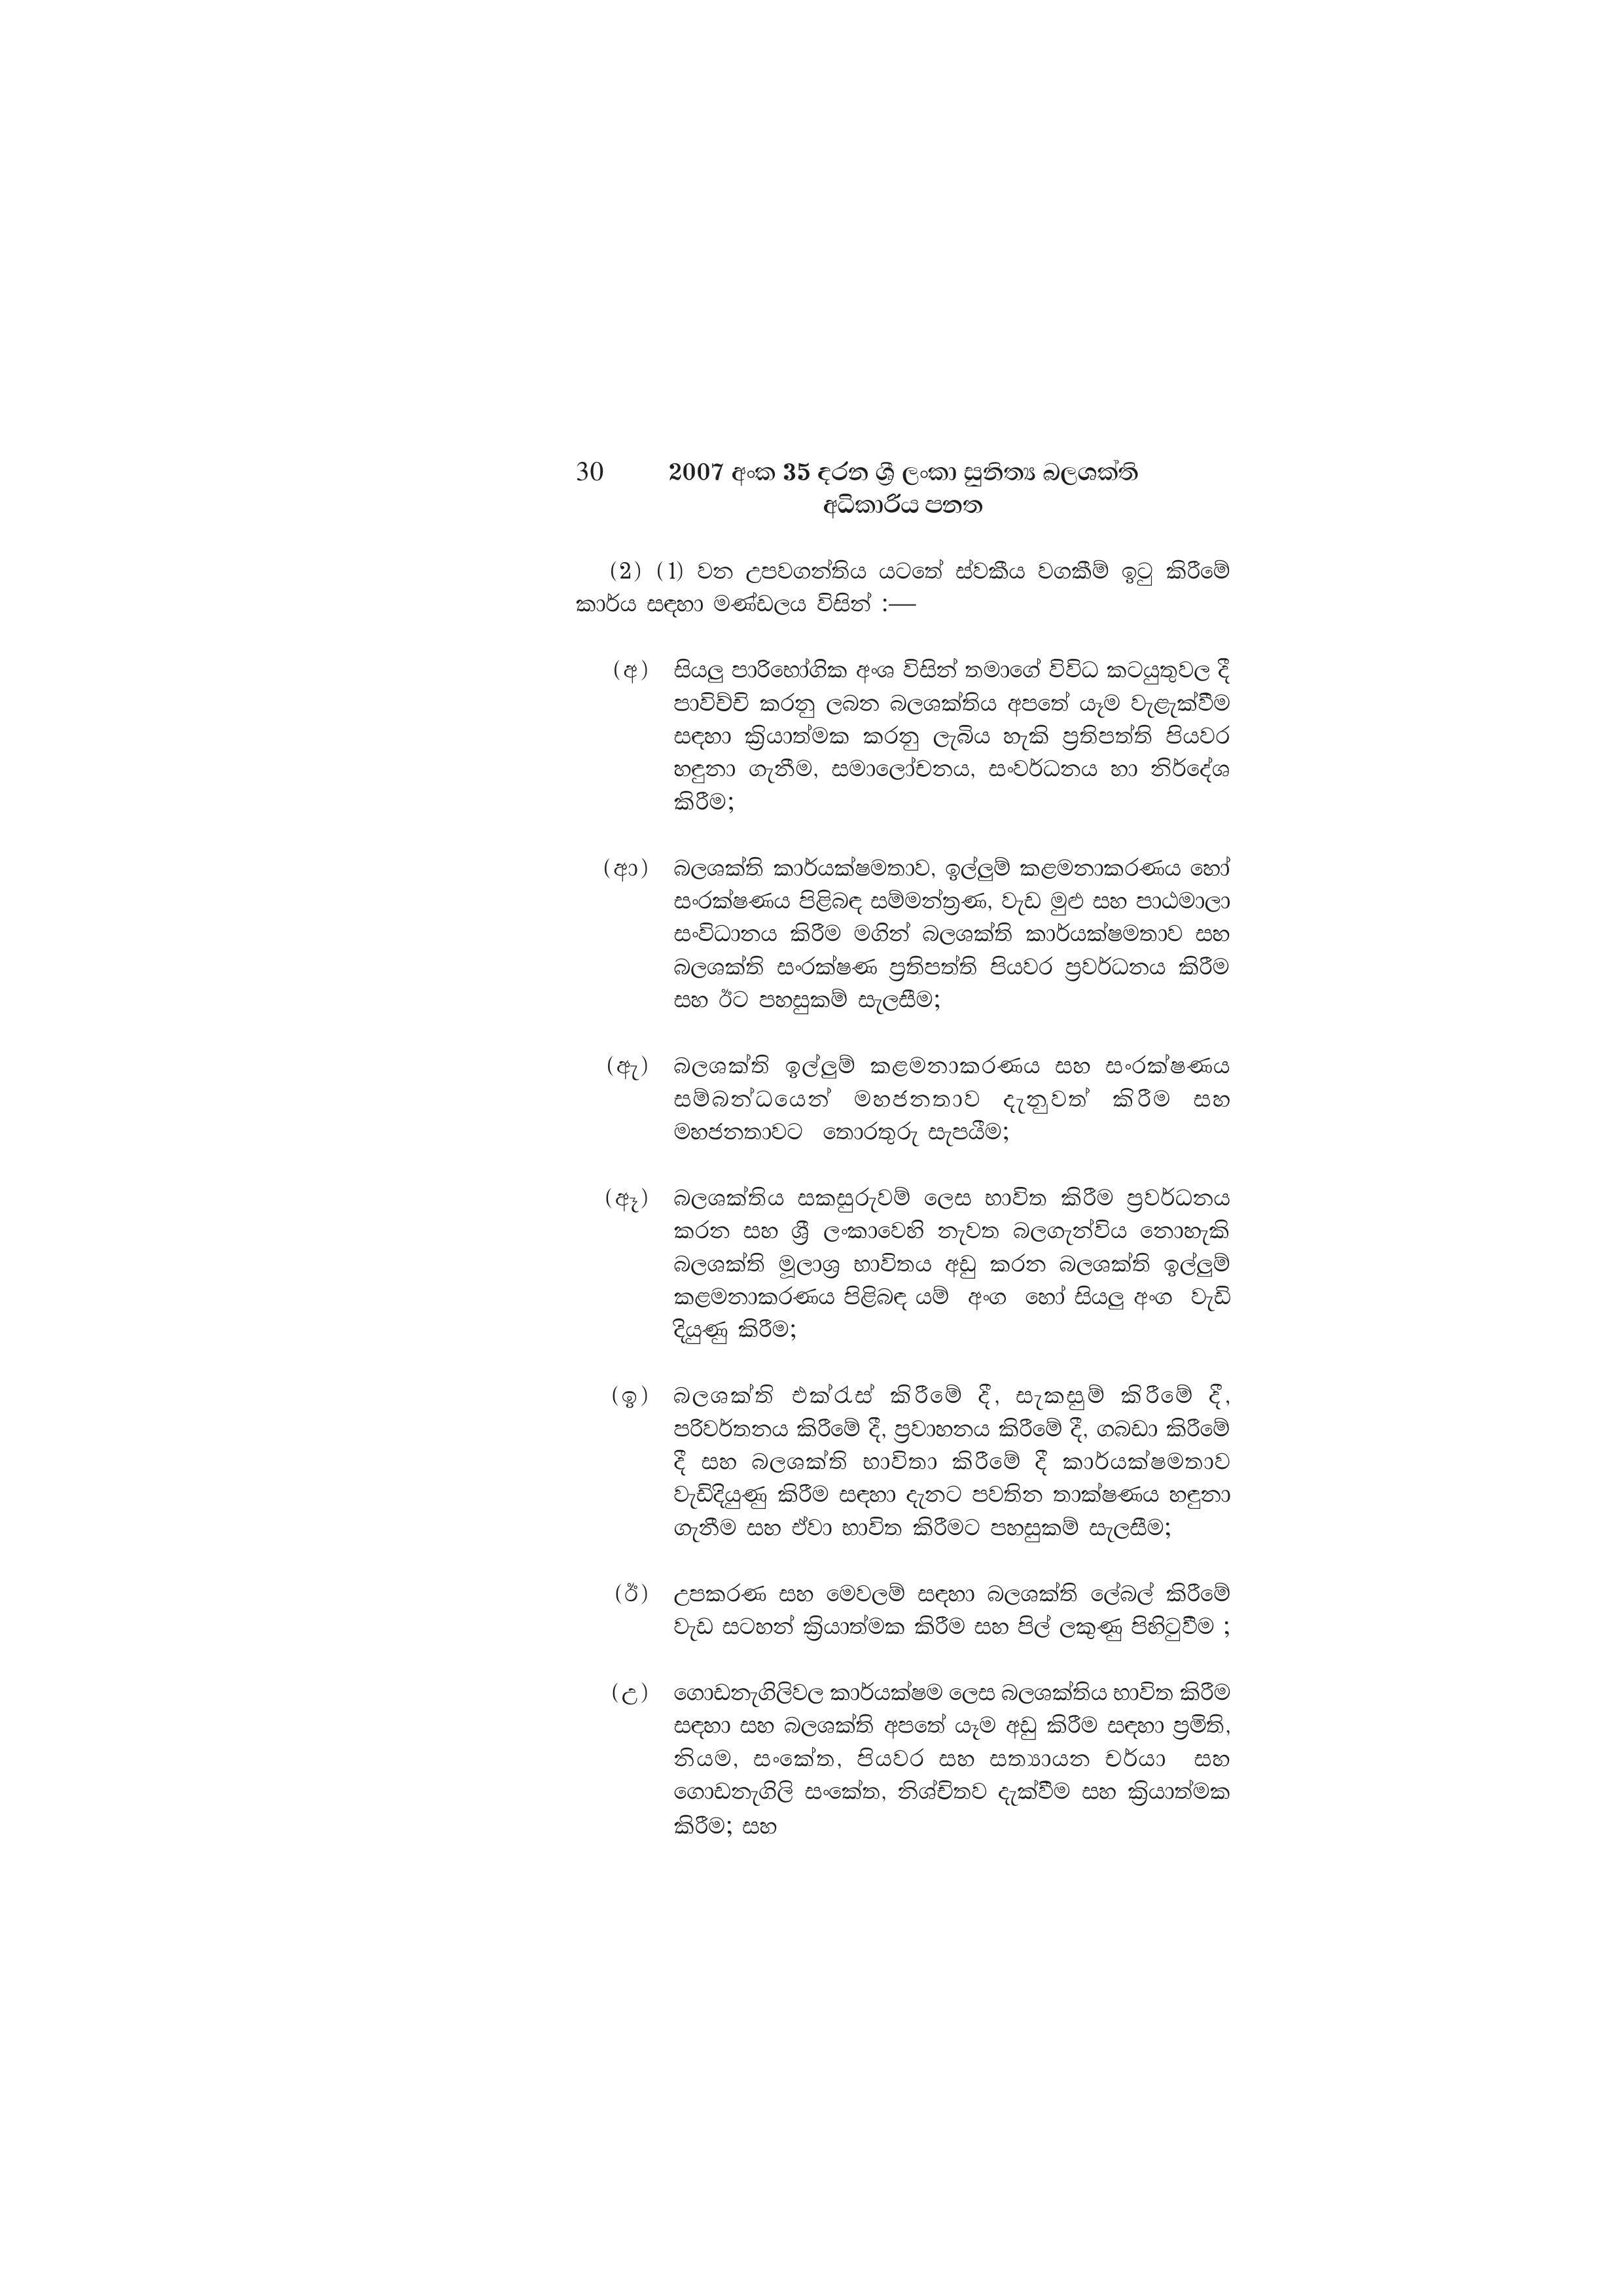
30 2007 අංක 35 දරන ශ්‍රී ලංකා සුනිත්‍ය බලශක්ති
අධිකාරිය පනත

(2) (1) වන උපවගන්තිය යටතේ ස්වකීය වගකීම් ඉටු කිරීමේ
කාර්ය සඳහා මණ්ඩලය විසින් :—

(අ) සියලු පාරිභෝගික අංශ විසින් තමාගේ විවිධ කටයුතුවල දී
පාවිච්චි කරනු ලබන බලශක්තිය අපතේ යෑම වැළැක්වීම
සඳහා ක්‍රියාත්මක කරනු ලැබිය හැකි ප්‍රතිපත්ති පියවර
හඳුනා ගැනීම, සමාලෝචනය, සංවර්ධනය හා නිර්දේශ
කිරීම;

(ආ) බලශක්ති කාර්යක්ෂමතාව, ඉල්ලුම් කළමනාකරණය හෝ
සංරක්ෂණය පිළිබඳ සම්මන්ත්‍රණ, වැඩ මුළු සහ පාඨමාලා
සංවිධානය කිරීම මගින් බලශක්ති කාර්යක්ෂමතාව සහ
බලශක්ති සංරක්ෂණ ප්‍රතිපත්ති පියවර ප්‍රවර්ධනය කිරීම
සහ ඊට පහසුකම් සැලසීම;

(ඇ) බලශක්ති ඉල්ලුම් කළමනාකරණය සහ සංරක්ෂණය
සම්බන්ධයෙන් මහජනතාව දැනුවත් කිරීම සහ
මහජනතාවට තොරතුරු සැපයීම;

(ඈ) බලශක්තිය සකසුරුවම් ලෙස භාවිත කිරීම ප්‍රවර්ධනය
කරන සහ ශ්‍රී ලංකාවෙහි නැවත බලගැන්විය නොහැකි
බලශක්ති මූලාශ්‍ර භාවිතය අඩු කරන බලශක්ති ඉල්ලුම්
කළමනාකරණය පිළිබඳ යම් අංග හෝ සියලු අංග වැඩි
දියුණු කිරීම;

(ඉ) බලශක්ති එක්රැස් කිරීමේ දී, සැකසුම් කිරීමේ දී,
පරිවර්තනය කිරීමේ දී, ප්‍රවාහනය කිරීමේ දී, ගබඩා කිරීමේ
දී සහ බලශක්ති භාවිතා කිරීමේ දී කාර්යක්ෂමතාව
වැඩිදියුණු කිරීම සඳහා දැනට පවතින තාක්ෂණය හඳුනා
ගැනීම සහ ඒවා භාවිත කිරීමට පහසුකම් සැලසීම;

(ඊ) උපකරණ සහ මෙවලම් සඳහා බලශක්ති ලේබල් කිරීමේ
වැඩ සටහන් ක්‍රියාත්මක කිරීම සහ පිල් ලකුණු පිහිටුවීම ;

(උ) ගොඩනැගිලිවල කාර්යක්ෂම ලෙස බලශක්තිය භාවිත කිරීම
සඳහා සහ බලශක්ති අපතේ යෑම අඩු කිරීම සඳහා ප්‍රමිති,
නියම, සංකේත, පියවර සහ සත්‍යායන චර්යා සහ
ගොඩනැගිලි සංකේත, නිශ්චිතව දැක්වීම සහ ක්‍රියාත්මක
කිරීම; සහ